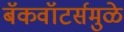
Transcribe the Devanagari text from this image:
बॅकवॉटर्समुळे